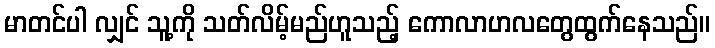
မာတင်ပါ လျှင် သူ့ကို သတ်လိမ့်မည်ဟူသည့် ကောလာဟလတွေထွက်နေသည်။